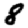
Digit: 8